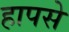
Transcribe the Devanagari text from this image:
हापसे